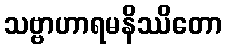
သဗ္ဗာဟာရမနိဿိတော